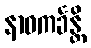
နာဝကင်္ခန္တိ